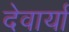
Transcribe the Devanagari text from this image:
देवार्या